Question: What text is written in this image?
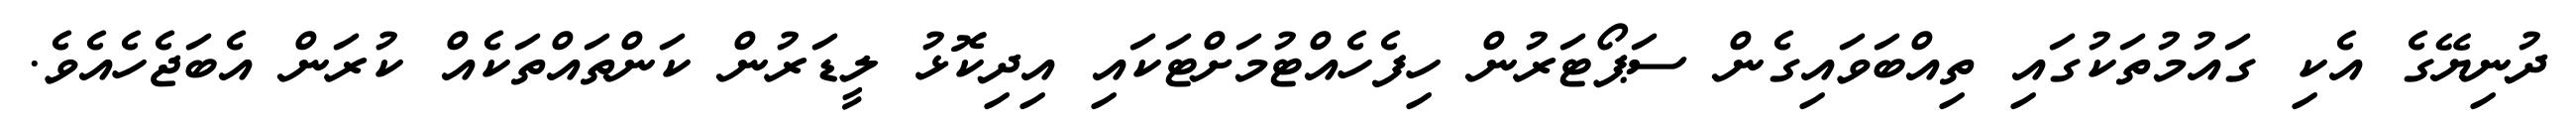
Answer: ދުނިޔޭގެ އެކި ގައުމުތަކުގައި ތިއްބަވައިގެން ސަޕޯޓަރުން ހިފެހެއްޓުމަށްޓަކައި އިދިކޮޅު ލީޑަރުން ކަންތައްތަކެއް ކުރަން އެބަޖެހެއެވެ.